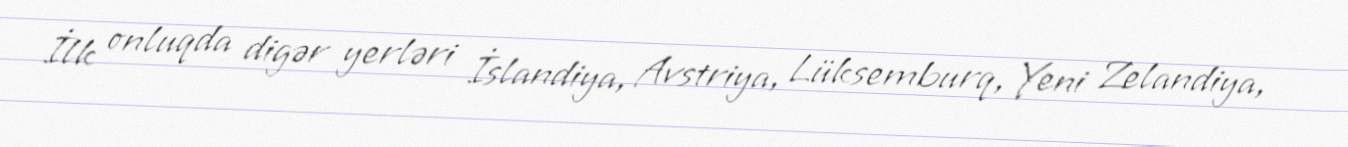
İlk onluqda digər yerləri İslandiya, Avstriya, Lüksemburq, Yeni Zelandiya,